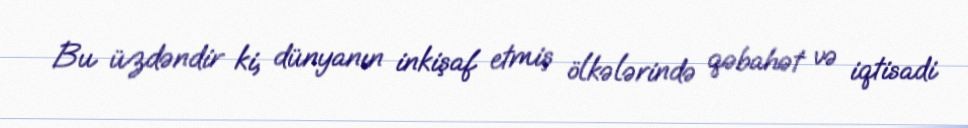
Bu üzdəndir ki, dünyanın inkişaf etmiş ölkələrində qəbahət və iqtisadi